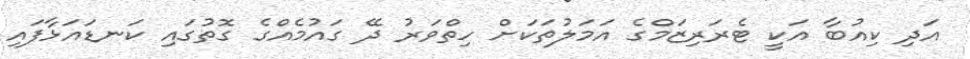
އަދި ކިއުބާ އަކީ ޓެރަރިޒަމްގެ އަމަލުތަކަށް ހިތްވަރު ދޭ ގައުމެއްގެ ގޮތުގައި ކަނޑައަޅާފައި